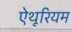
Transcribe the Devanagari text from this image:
ऐथूरियम